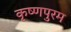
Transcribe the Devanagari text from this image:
कृष्णपुरम